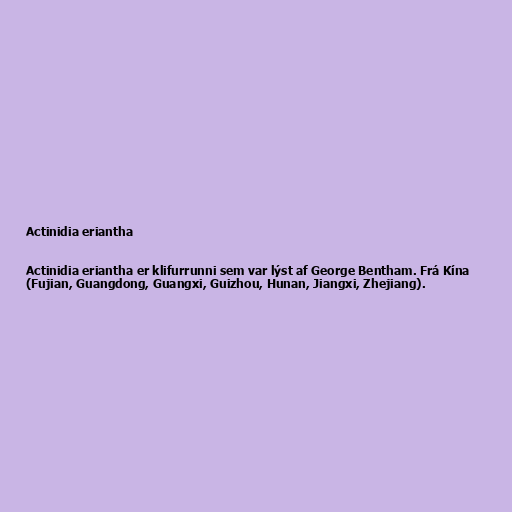
Actinidia eriantha

Actinidia eriantha er klifurrunni sem var lýst af George Bentham. Frá Kína
(Fujian, Guangdong, Guangxi, Guizhou, Hunan, Jiangxi, Zhejiang).